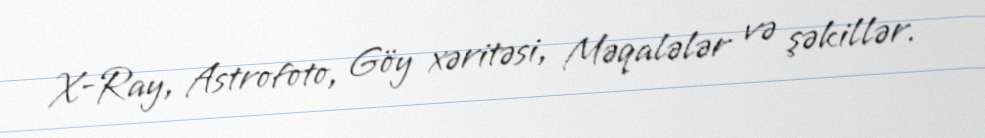
X-Ray, Astrofoto, Göy xəritəsi, Məqalələr və şəkillər.